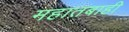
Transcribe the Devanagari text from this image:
महातबाही